Medical and sanitary report on the native army of Bombay for the year
Year: 1877
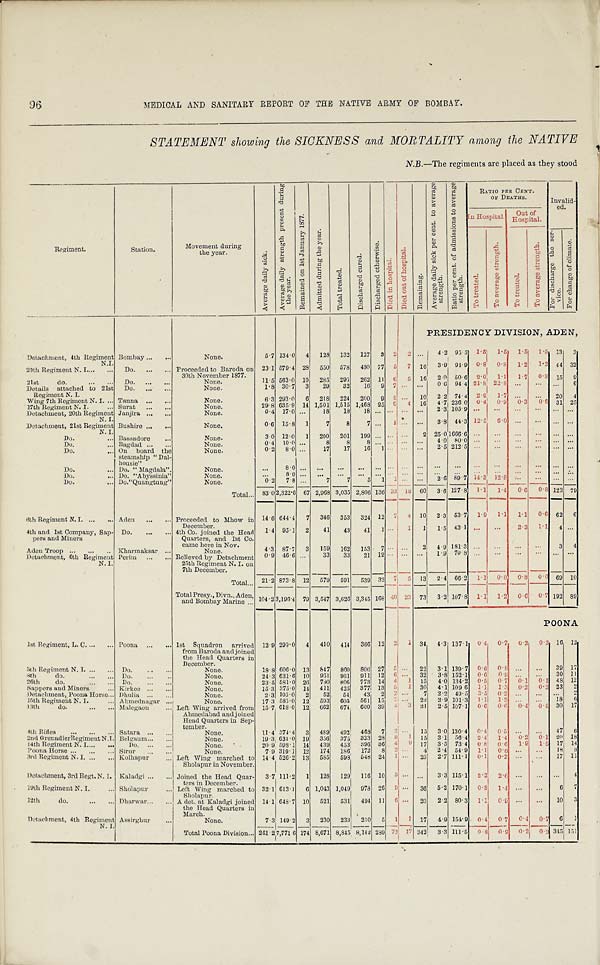
MEDICAL. AND SANITARY REPORT OF THE NATIVE ARMY OF BOMBAY.
STATEMENT showing the SICKNESS and MORTALITY among the NATIVE
N.B.—The regi ments are pl aced as they stood
R e g i m e n t .
St at i on. Movement duri ng
t he year.
A v e r a g e d a i l y s i c k .`A
v e r a g e d a i l y s t r e n g t h p r e s e n t d u r i n g t h e y e a r .
R e m a i n e d o n 1 s t J a n u a r y 1 8 7 7 .
A d m i t t e d d u r i n g t h e y e a r .
T o t a l t r e a t e d .
D i s c h a r g e d c u r e d . D i s c h a r g e d o t h e r w i s e . D i e d i n h o s p i t a l .
D i e d o u t o f h o s p i t a l .
R e m a i n i n g .
A v e r a g e d a i l y s i c k p e r c e n t . t o a v e r a g e s t r e n g t h . R a t i o p e r c e n t . o f a d m i s s i o n s t o a v e r a g e s t r e n g t h . RATI O PER CENT.
OF DEATHS. I nval i d-
ed.
I n H o s p i t a l . out of
Hospi t al .
• T o t r e a t e d .
T o a v e r a g e s t r e n g t h T o t r e a t e d .
T o a v e r a g e s t r e n g t h
F o r d i s c h a r g e t h e s e r - v i c e . F o r c h a n g e o f c l i m a t e .
PRESIDENCY DIVISION, ADEN,
Det achment , 4t h Regi ment N. I . Bombay
None.
5. 7 134. 0 4 128 132 127 3 2 2 . . . 4. 2 95. 5' 1.5 1. 5 1. 5 1. 5 13 3
20th Regiment N. I Do.
P r o c e e d e d t o B a r o d a o n 3 0 t h N o v e m b e r 1 8 7 7 . 23. 1 579. 4 28 550 578 480 77 5 7 16 3 . 9 9 4 . 9 0. 8 0.8 1. 2 1 . 2 4 4 3 2
21st do.
Do.
None.
11. 5 563. 0 10 285 295 262 11 6 5 16 2 . 0 5 0 . 6 2.0 1.1 1 . 7 0 . 8 1 5 9
Detai l s attached to 21st
Regi ment N. I
Do.
None.
1. 8 30. 7 3 29 32 16 9 7 ... . . . 0 . 6 9 4 . 4 2 1 . 8 2 2 . 8 ... . . . ... 6
Wi ng 7th Regi ment N.I. Tanna
None.
6. 3 293. 0 6 218 224 200 9 5 ... 1 0 2 . 2 7 4 . 4 2.2 1.7 . . . . . . 2 0 4
17t h Regi ment N. I . Surat
None.
29. 8 635. 9 14 1, 501 1, 515 1, 468 25 6 4 1 6 4 . 7 2 3 6 . 0 0. 4 0 . 9 0.3 0 . 6 3 1 2 5
Det achment , 20t h Regi ment N. I . Janjira
None.
0. 4 17. 0 . . . 18 18 18 . . . . . .
... . . . 2 . 3 1 0 5 . 9
... ... . . . . . . ... . . .
Det achment , 21st Regi ment N. I . Bushi re
None.
0. 6 15. 8 1 7 8 7 . . . 1 . . . . . . 3.8 44. 3 12. 5 6. 0 . . . . . . . . . . . .
D Do.
Bassadore
None.
3. 0 12. 0 1 200 201 199 . . . . . . . . . 2 25. 0 1666. 6 ... ... ... . . . . . . . . .
Do.
Bagdad
None.
0. 4 10. 0 . . . 8 8 8 . . . . . . . . . . . . 4 . 0 8 0 . 0 . . . ... ... . . . . . . . . .
Do.
On board the
st eamshi p " Dal -
housi e"
None.
0. 2 8. 0 . . . 17 17 16 1 . . . . . . . . . 2. 5 212. 5 ...... ... . . . ... . . .
Do.
Do. " Magdal a".
None.
. . . 8.0 . . . . . . . . . . . . . . . . . . . . . . . . . . . . . ....... . . . . . . ... . . .
Do.
Do. "Abyssi ni a"
None.
. . . 8.0 . . . . . . . . . . . . . . . . . . . . . . . . . . . . . . ... ... ... . . . ... . . .
D o .
Do. "Quangt ung"
None.
0. 2 7. 8 . . . 7 7 5 1 1 ... . . . 2 . 6 8 9 . 7 1 4 . 3 1 2 . 8 ... . . . . . . . . .
Tot al 83. 02, 322. 6 6 7 2, 968 3 , 0 3 5 2, 806 136 33 18 60 3. 6 127. 8 1 . 1 1. 4 0 . 6 0 . 8 123 79
6 t h R e g i m e n t N . I . Aden
Proceeded to Mhow i n
December.
14. 6 644. 4 7 346 353 324 12 7 4 10 2. 3 53. 7 1.9 1. 1 1. 1 0 . 6 62 6
4t h and 1st Company, Sap-
p e r s a n d Mi n e r s
Aden Troop
Do.
Kharmaksar
4t h Co. j oi ned t he Head
Quarters, and 1st Co.
came hero i n Nov.
None.
1. 4
4. 3
95. 1
87. 7
2
3
41
159
43
162
41
153
1
7
. . .
. . . 1 1 2 1 . 5
4 . 9 4 3 . 1
1 8 1 . 3
... ... ...
...
2.3
...
1 . 1
. . . 4 3 . . .
4
Det achment , 6t h Regi ment N. I . Peri m
Rel i eved by Det achment
25t h Regi ment N. I . on
7t h December
0. 9 46.6 . . . 33 33 21 12 . . . ... . . . 1 9 7 0 . 8
... ...... ...
... . . .
Tot al 21. 2 873. 8 12 579 591 539 32 7 5 13 2. 4 66. 2 1.1 0.8 0 . 8 0. 6 6 9 1 0
Tot al Presy. , Di vn. , Aden,
and Bombay Mari ne
1 0 4 . 2 3, 196. 4
7 9 3, 547
3 , 6 2 6 3 , 3 4 5 1 6 8 4 0 2 3 7 3 3 . 2 107. 8 1. 1 1. 2 0.6 0 . 7 1 9 2 8 9
POONA
1st Regi ment , L. C.
Poona
1 s t S q u a d r o n a r r i v e d
f rom Baroda. and j oi ned
the Head Quarters i n
December.
12. 9 299. 0 4 410 414 366 12 2 1 34 4. 3 137. 1 0 . 4 0.7 0. 2 0. 3 16 12
5th Regiment N. I. Do.
None.
18. 8 606. 0 13 8 4 7 8 6 0 806 27 5 ... 22 3. 1 139. 7 0. 6 0.8 . . . . . . 39 17
8t h do.
Do.
None.
24. 3 631. 6 10 951 961 911 12 6 ... 32 3.8 152. 1 0. 6 0. 9 . . . . . . 30 11
26th do. Do.
None.
23. 5 581. 0 26 780 806 773 14 4 1 15 4. 0 134. 2 0. 5 0. 7 0. 1 0. 1 48 12
S a p p e r s a n d M i n e r s KirKee
None.
15. 3 375. 0 14 411 425 377 13 5 1 30 4. 1 109 6 1 . 1 1.3 0 . 2 0. 2 23 2
Det achment , Poona Horse. Dhulia
None.
2. 3 105. 0 2 52 54 43' 2 2 . . . 7 2 2 49. 5 3. 5 0. 2 . . . . . . . . . 2
15th Regiment N. I. Ahmednagar
None.
17. 3 585. 0 12 593 605 561 15 7 . . . 22 2.9 101. 3 1. 1 1. 2 . . . . . . 18 6
1 3 t h d o . Malegaon. Left Wi ng arri ved from
Ahmedabad and j oi ned
Head Quart ers i n Sep-
t ember.
15. 7 618. 0 12' 662 674 600 39 4 3 31 2. 5 107. 1 0. 6 0. 6 0. 4 0. 4 30 17
4 t h R i f l e s Satara
None.
11. 4 374. 4 3 489 492 468 7 2 . . . 15 3. 0 130. 4 0. 4 0. 5 . . . . . . 47 6
2 n d G r e n a d i e r R e g i m e n t N . T .
Belgaum
None.
19. 3 631. 0 19 356 375 323 28 9 1 15 3. 1 56. 4 2. 4 1. 4 0 . 2 0 . 1 2 0 1 8
14th Regiment N. I Do.
None.
20. 9 598. 1 14 439 453 396 36 4 9 17 3. 5 73. 4 0. 8 0. 6 1.9 1 . 5 1 7 1 4
Poona Horse
Si rur
None.
7. 9 319. 1 12 174 186 172 8 2 ... 4 2. 4 54. 9 1. 1 0. 6 . . . . . . 1 8 8
3rd Regi ment N. I .
Kolhapur Left Wi ng marched to
Shol apur i n November. 14. 4 526. 2 13 585 598 548 24 1 ... 25 2. 7 111. 1 0. 1 0. 2 . . . . . . 17 11
Det achment , 3rd Regt . N. I . Kal adgi
Joi ned the Head Quar-
t ers i n December. 3. 7 111. 2 1 128 129 116 10 3 ... . . . 3. 3 115. 1 2 . 3 2.6 . . . . . . . . . 4
19th Regiment N. I. Shol apur Left Wi ng marched to
Shol apur.
32. 1 613. 1 6 1, 043 1, 049 978 26 9 ... 36 5. 2 170. 1 0.8 1.4 . . . . . . 6 7
12th do.
Dharwar A det. at Kal adgi j oi ned
the Head Quarters i n
March.
14. 1 648. 7 10 521 531 494 11 6 ... 20 2. 2 80. 3 1.1 0. 9 . . . . . . 1 0 3
D e t a c h m e n t , 4 t h R e g i m e n t .
N. I. Assi rghur
None.
7. 3 149. 2 3 230 233 210 5 1 1 1 7 4. 9 154. 9 0. 4 0. 7 0 . 4 0 . 7 6 1
Tot al Poona Di vi si on. 261. 27, 771. 6 174 8 , 6 7 1 8, 845 8, 142 289 721 7 342 3. 3 111. 5 0. 8 0. 9 0 2 0 . 2 345 151